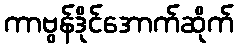
ကာဗွန်ဒိုင်အောက်ဆိုက်